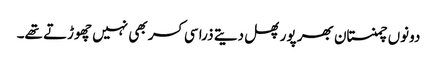
دونوں چمنستان بھر پور پھل دیتے ذرا سی کسر بھی نہیں چھوڑتے تھے۔